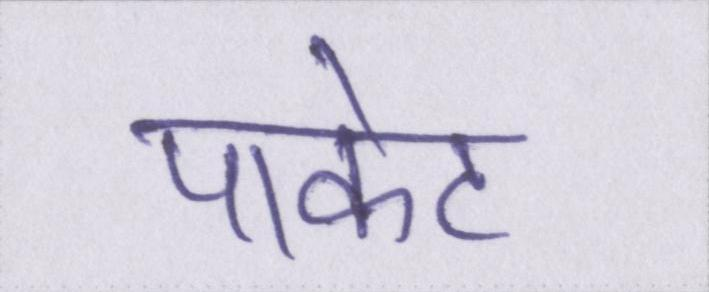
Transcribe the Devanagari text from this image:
पाकेट